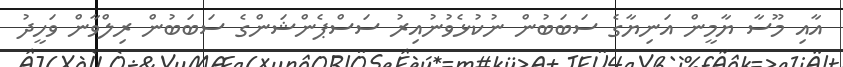
އާއި މޫސާ ޔާމީން އަނިޔާގެ ސަބަބުން ނުކުޅެވުނުއިރު ސަސްޕެންޝަންގެ ސަބަބުން ރިލްވާން ވަހީދު